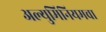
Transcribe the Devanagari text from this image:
अल्युमिनियमचा